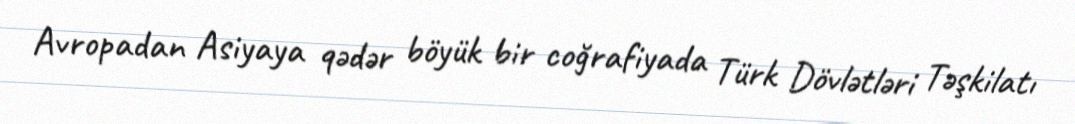
Avropadan Asiyaya qədər böyük bir coğrafiyada Türk Dövlətləri Təşkilatı